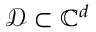
\mathcal { D } \subset \mathbb { C } ^ { d }